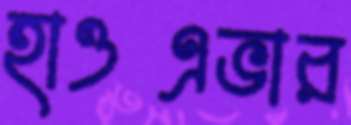
হাওএভার